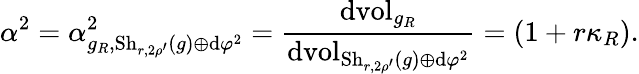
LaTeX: \alpha^{2}=\alpha_{g_{R},\mathrm{Sh}_{r,2\rho^{\prime}}(g)\oplus\mathrm{d}\varphi^{2}}^{2}=\frac{\mathrm{d}\mathrm{vol}_{g_{R}}}{\mathrm{d}\mathrm{vol}_{\mathrm{Sh}_{r,2\rho^{\prime}}(g)\oplus\mathrm{d}\varphi^{2}}}=(1+r\kappa_{R}).